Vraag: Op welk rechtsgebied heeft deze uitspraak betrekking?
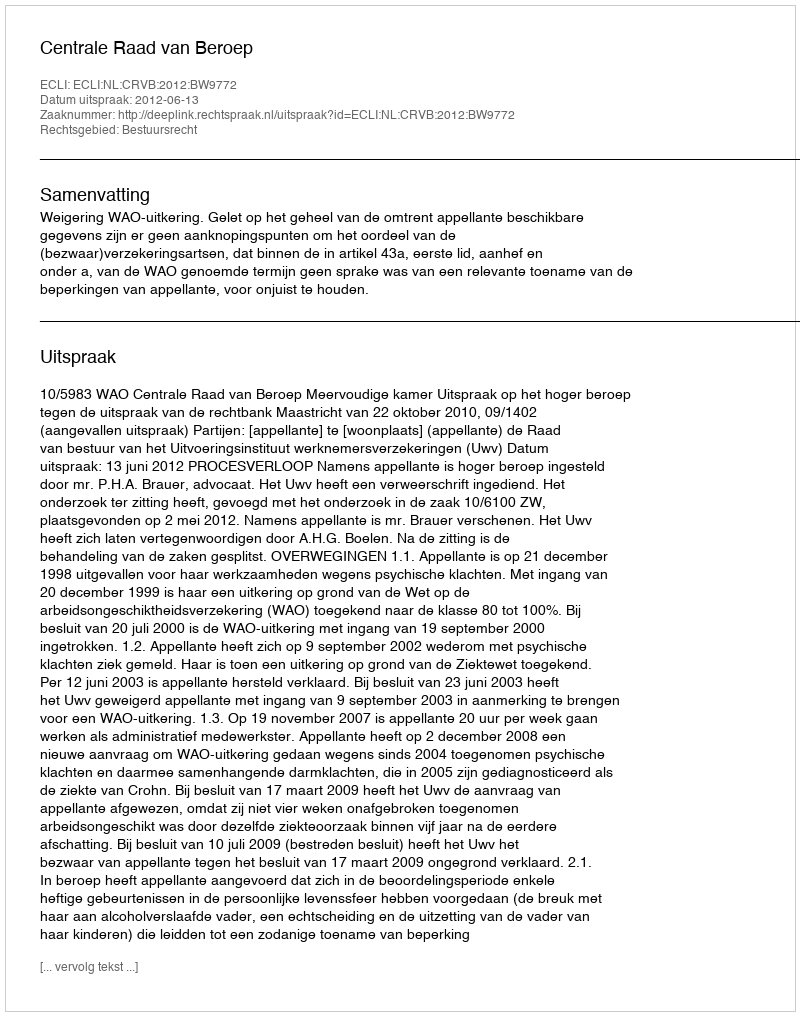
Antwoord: Bestuursrecht